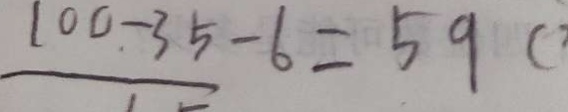
1 0 0 - 3 5 - 6 = 5 9 (